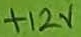
Text: +12V